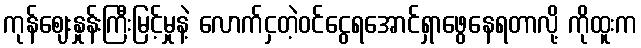
ကုန်ဈေးနှုန်းကြီးမြင့်မှုနဲ့ လောက်ငှတဲ့ဝင်ငွေရအောင်ရှာဖွေနေရတာလို့ ကိုထူးက